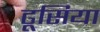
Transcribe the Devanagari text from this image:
ढूसिया